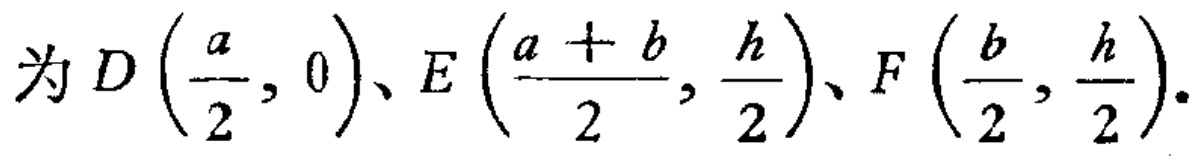
为 \(D\left(\frac{a}{2},0\right)\)、\(E\left(\frac{a + b}{2},\frac{h}{2}\right)\)、\(F\left(\frac{b}{2},\frac{h}{2}\right)\)。